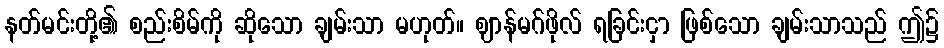
နတ်မင်းတို့၏ စည်းစိမ်ကို ဆိုသော ချမ်းသာ မဟုတ်။ ဈာန်မဂ်ဖိုလ် ရခြင်းငှာ ဖြစ်သော ချမ်းသာသည် ဤ၌